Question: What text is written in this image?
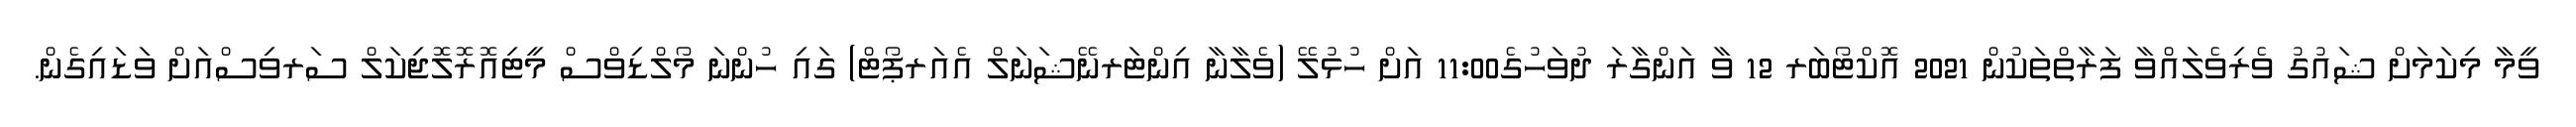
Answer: ވީމާ މިކަމަށް ޝައުގު ވެރިވެލައްވާ ފަރާތްތަކުން 2021 އޮކްޓޯބަރ 12 ވާ އަންގާރަ ދުވަހުގެ11:00 އަށް ހުޅުލޭ (ވެލާނާ އިންޓަރނޭޝަނަލް އެއަރޕޯޓް) ގައި ހުންނަ މޯލްޑިވްސް މީޓިއޮރޮލޮޖިކަލް ސަރވިސްއަށް ވަޑައިގެން.